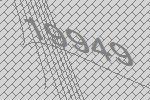
19949